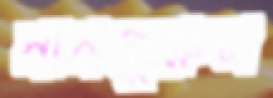
মানজুরুল